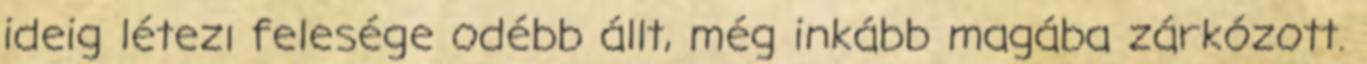
ideig létezı felesége odébb állt, még inkább magába zárkózott.